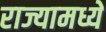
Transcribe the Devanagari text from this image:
राज्यामध्यें